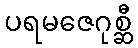
ပရမဇေဂုစ္ဆီ